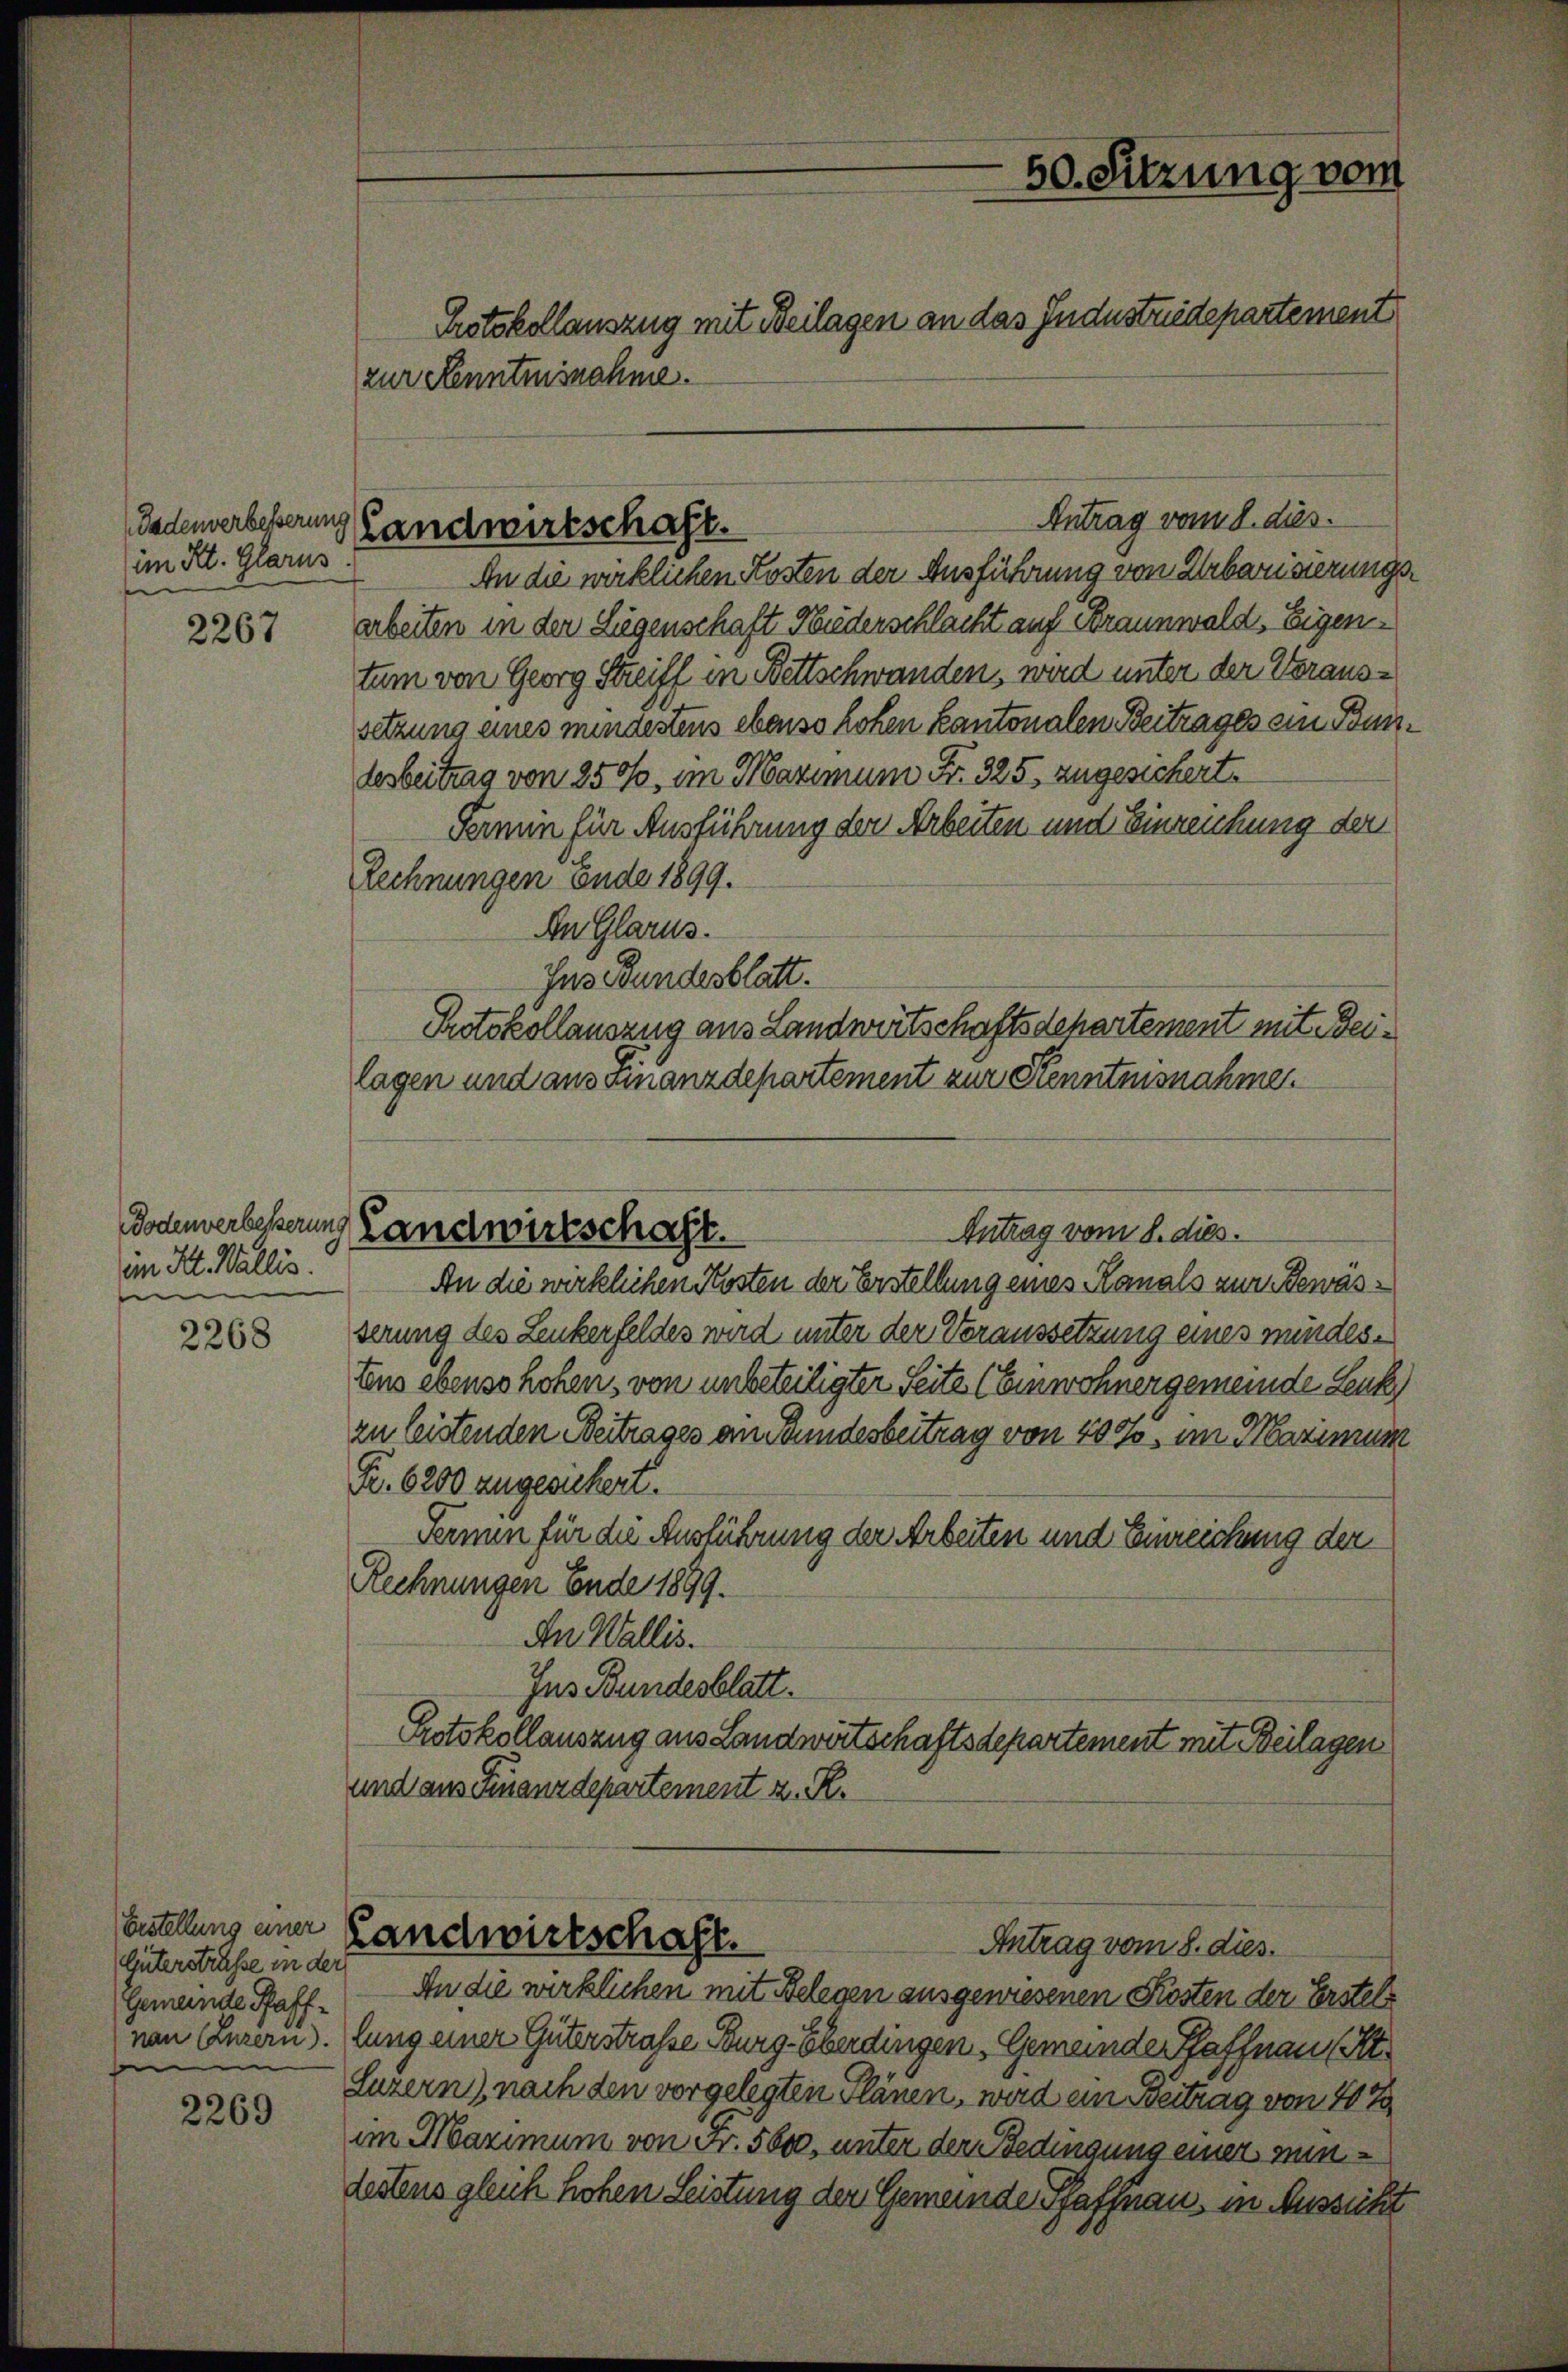
Badenverbeßerung
im Kt. Glarus.

2267

Bodenverbesserung
im Kt. Wallis.
e

2268

2269

Erstellung einer
Güterstraße in der
Gemeinde Pfaffe

An die wirklichen Kosten der Ausführung von Urbarisierungs
arbeiten in der Lügenschaft Huderschlacht auf Braunwald, Eigentum von Georg Streiff in Bettschwanden, wird unter der Voraussetzung eines mindestens ebenso hohen Kantonalen Beitrages ein Bundesbeitrag von 250, im Maximum Fr. 325, zugesichert.
Fermin für Ausführung der Arbeiten und Einreichung der
Rechnungen Ende 1899.
An Glarus.
Ins Bundesblatt.
Protokollauszug aus Landwirtschaftsdchartement mit eilagen und aus einanzdepartement zur Kenntnisnahme
Antrag vom 8. dies.
Landwirtschaft.
An die wirklichen Kosten der Erstellung eines Kanals zur Bewässerung des Leukerfeldes wird unter der Voraussetzung eines mindestens ebenso hohen, von unbeteiligter Seite (Einwohnergemeinde Leuk
zu leistenden Beitrages an Bundesbeitrag von 200, im Maximum
Fr. 6200 zugesichert.
Fernen für die Ausführung der Arbeiten und Einreichung der
Rechnungen Ende 1899.
An Wallis.
Ins Bundesblatt.
Protokollauszug aus Landwirtschaftsdepartement mit Beilagen
und aus Finanzdepartement z. R.

50. Sitzung vom
Protokollauszug mit Beilagen an das Industriedepartement
zur Kenntnisnahme.

Landwirtschaft.

Antrag vom 8. dies.

Landwirtschaft.
Antrag vom 8. dies.

An die wirklichen mit Belegen ausgewiesenen Kosten der Erstels
von Luzern). lung einer Güterstraße Burg-Oberdingen, Gemeinde Haffnau (St.
Luzern), nach den vorgelegten Plänen, wird ein Beitrag von 4 %
im Maximum von Fr. 5600, unter der Bedingung einer mindestens gleich hohen Seistung der Gemeinde Pfaffnau, in Aussicht